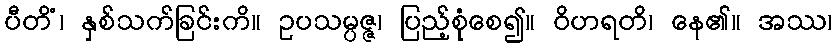
ပီတိံ၊ နှစ်သက်ခြင်းကိ။ ဥပသမ္ပဇ္ဇ၊ ပြည့်စုံစေ၍။ ဝိဟရတိ၊ နေ၏။ အဿ၊